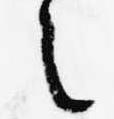
之